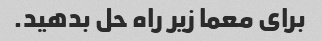
برای معما زیر راه حل بدهید.